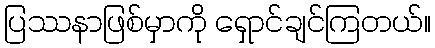
ပြဿနာဖြစ်မှာကို ရှောင်ချင်ကြတယ်။